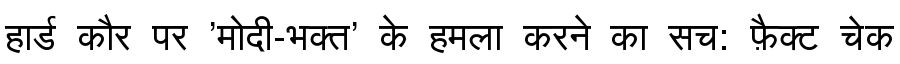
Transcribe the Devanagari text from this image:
हार्ड कौर पर 'मोदी-भक्त' के हमला करने का सच: फ़ैक्ट चेक